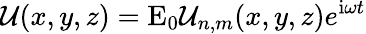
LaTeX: \mathcal{U}(x,y,z)=\mathrm{E}_{0}\mathcal{U}_{n,m}(x,y,z)e^{\mathrm{i}\omega t}